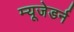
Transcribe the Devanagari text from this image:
म्यूजेडर्न